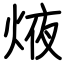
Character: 焲